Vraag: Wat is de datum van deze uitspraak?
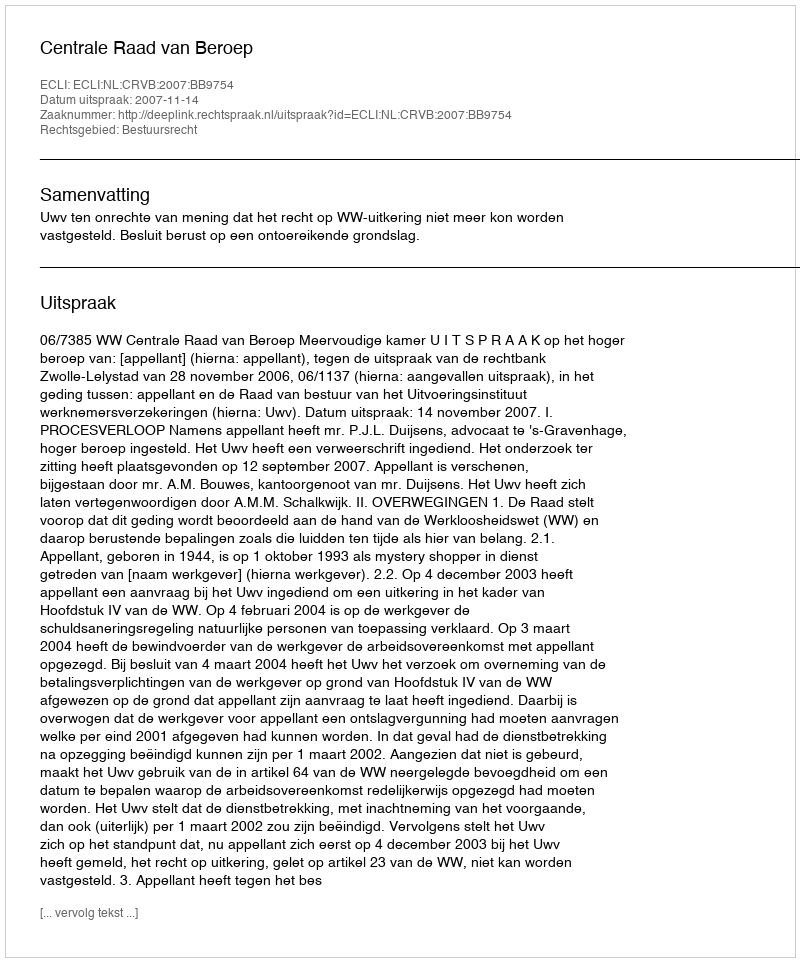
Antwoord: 2007-11-14